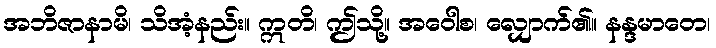
အဘိဇာနာမိ၊ သိအံ့နည်း။ ဣတိ၊ ဤသို့။ အဝေါစ၊ လျှောက်၏။ နန္ဒမာတေ၊